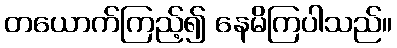
တယောက်ကြည့်၍ နေမိကြပါသည်။